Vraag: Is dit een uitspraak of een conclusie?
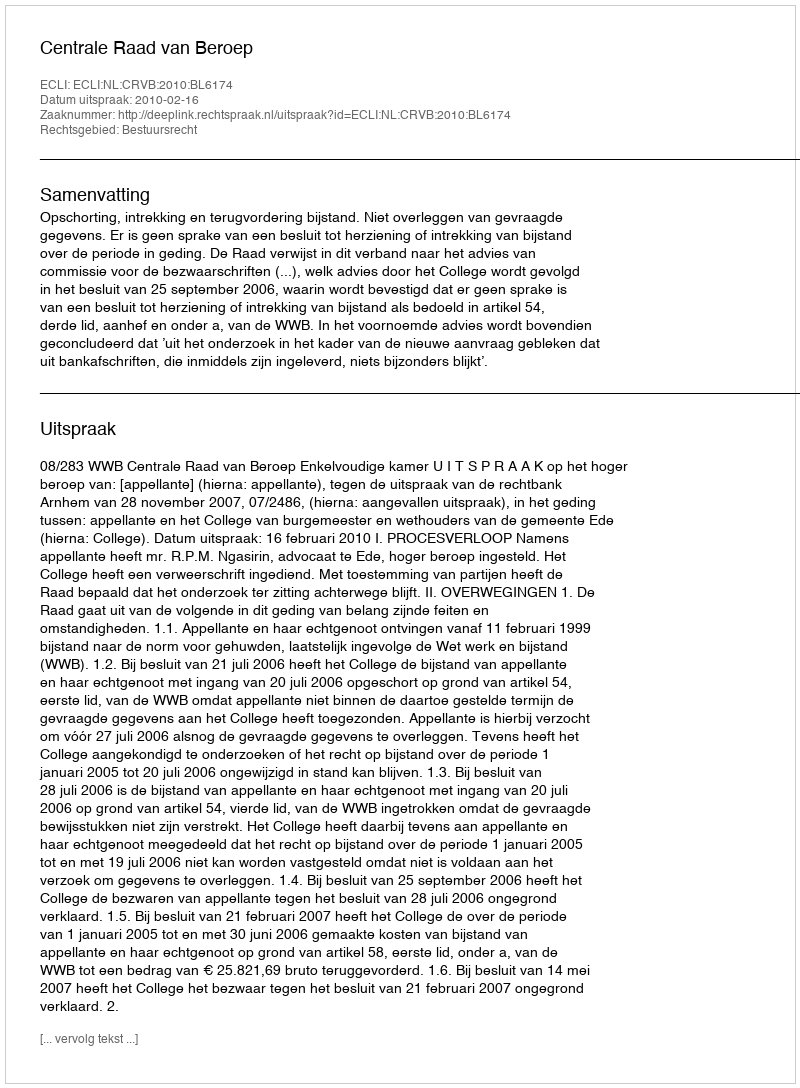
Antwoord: Uitspraak